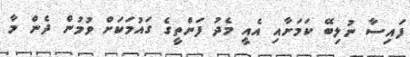
ފައިސާ ނުލިބޭ ކަމަށާއި އެއީ މެދު ފަންތީގެ ގައުމަކަށް ވުމުން ދެން މާ